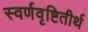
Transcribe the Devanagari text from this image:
स्वर्णवृष्टितीर्थ